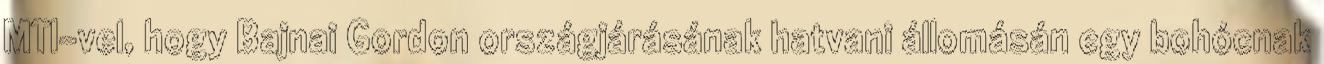
MTI-vel, hogy Bajnai Gordon országjárásának hatvani állomásán egy bohócnak